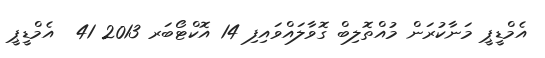
އެމްޑީޕީ މަނާކުރަން މުއްތޮލިބް ގޮވާލައްވައިފި 14 އޮކްޓޯބަރ 2013 41  އެމްޑީޕީ